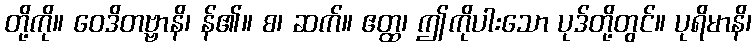
တို့ကို။ ဝေဒိတဗ္ဗာနိ၊ န်၏။ စ၊ ဆက်။ ဧတ္ထ၊ ဤကိုပါးသော ပုဒ်တို့တွင်။ ပုရိမာနိ၊